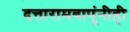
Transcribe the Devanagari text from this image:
दत्तारामबापूंनीही